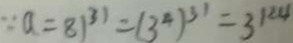
\because a = 8 1 ^ { 3 1 } = ( 3 ^ { 4 } ) ^ { 3 1 } = 3 ^ { 1 2 4 }